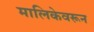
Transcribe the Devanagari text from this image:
मालिकेवरून